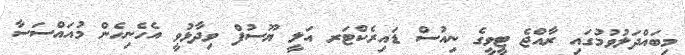
މިބައްދަލުވުމުގައި ރާއްޖެ ޓީވީގެ ނިއުސް ޑައިރެކްޓަރ އަލީ ޔޫސުފް ވިދާޅުވީ އެހެނިހެން މުއައްސަސާ